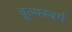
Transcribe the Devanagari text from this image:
वूल्फ्स्बर्ग